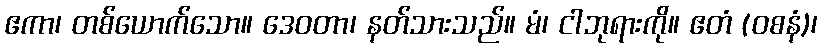
ဧကာ၊ တစ်ယောက်သော။ ဒေဝတာ၊ နတ်သားသည်။ မံ၊ ငါဘုရားကို။ ဧတံ (ဝစနံ)၊